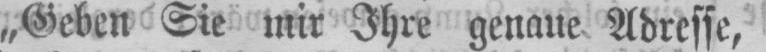
„Geben Sie mir Ihre genaue Adresse,